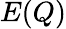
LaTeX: E(Q)